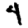
Digit: 4